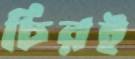
চিরই